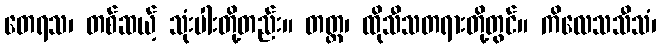
တေရသ၊ တစ်ဆယ့် သုံးပါးတို့တည်း။ တတ္ထ၊ ထိုသီသတရားတို့တွင်။ ကိလေသသီသံ၊